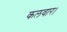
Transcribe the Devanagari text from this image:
कलवार।